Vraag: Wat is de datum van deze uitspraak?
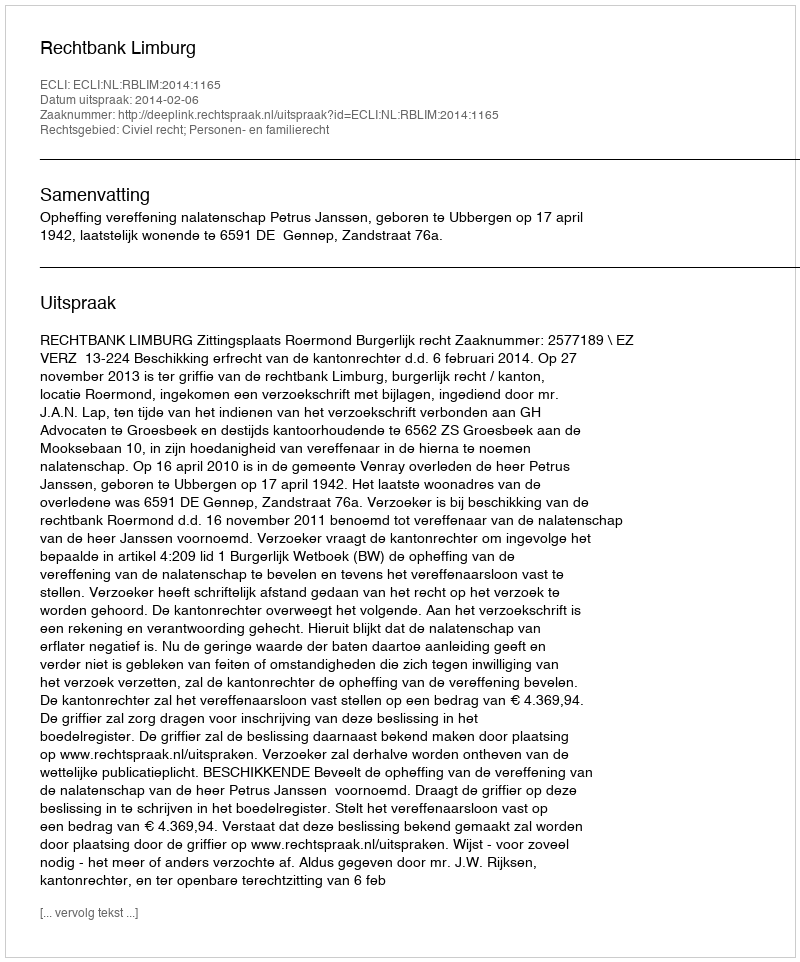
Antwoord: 2014-02-06